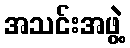
အသင်းအဖွဲ့